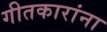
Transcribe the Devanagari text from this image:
गीतकारांना